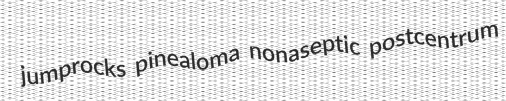
jumprocks pinealoma nonaseptic postcentrum